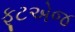
ફૂટએજ